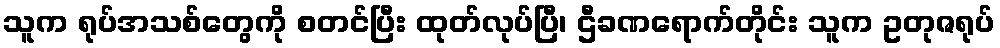
သူက ရုပ်အသစ်တွေကို စတင်ပြီး ထုတ်လုပ်ပြီ၊ ဌီခဏရောက်တိုင်း သူက ဥတုဇရုပ်